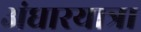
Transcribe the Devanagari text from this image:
अंधारयात्रा